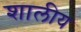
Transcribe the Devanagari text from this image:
शालीय